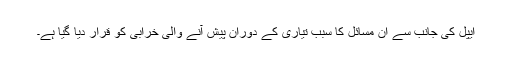
ایپل کی جانب سے ان مسائل کا سبب تیاری کے دوران پیش آنے والی خرابی کو قرار دیا گیا ہے۔